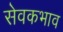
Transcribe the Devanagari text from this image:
सेवकभाव